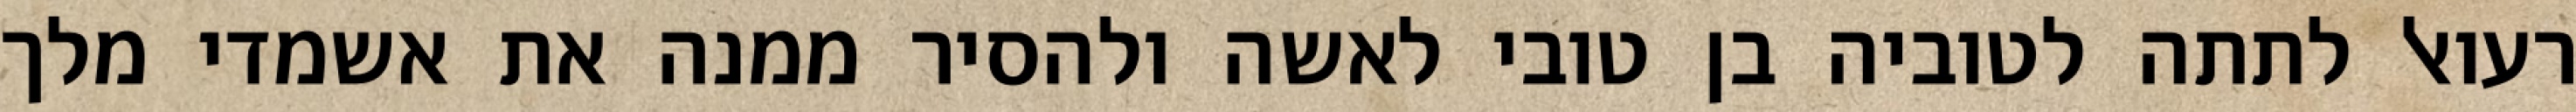
רעואל לתתה לטוביה בן טובי לאשה ולהסיר ממנה את אשמדי מלך